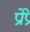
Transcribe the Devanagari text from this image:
प्रोप्रे